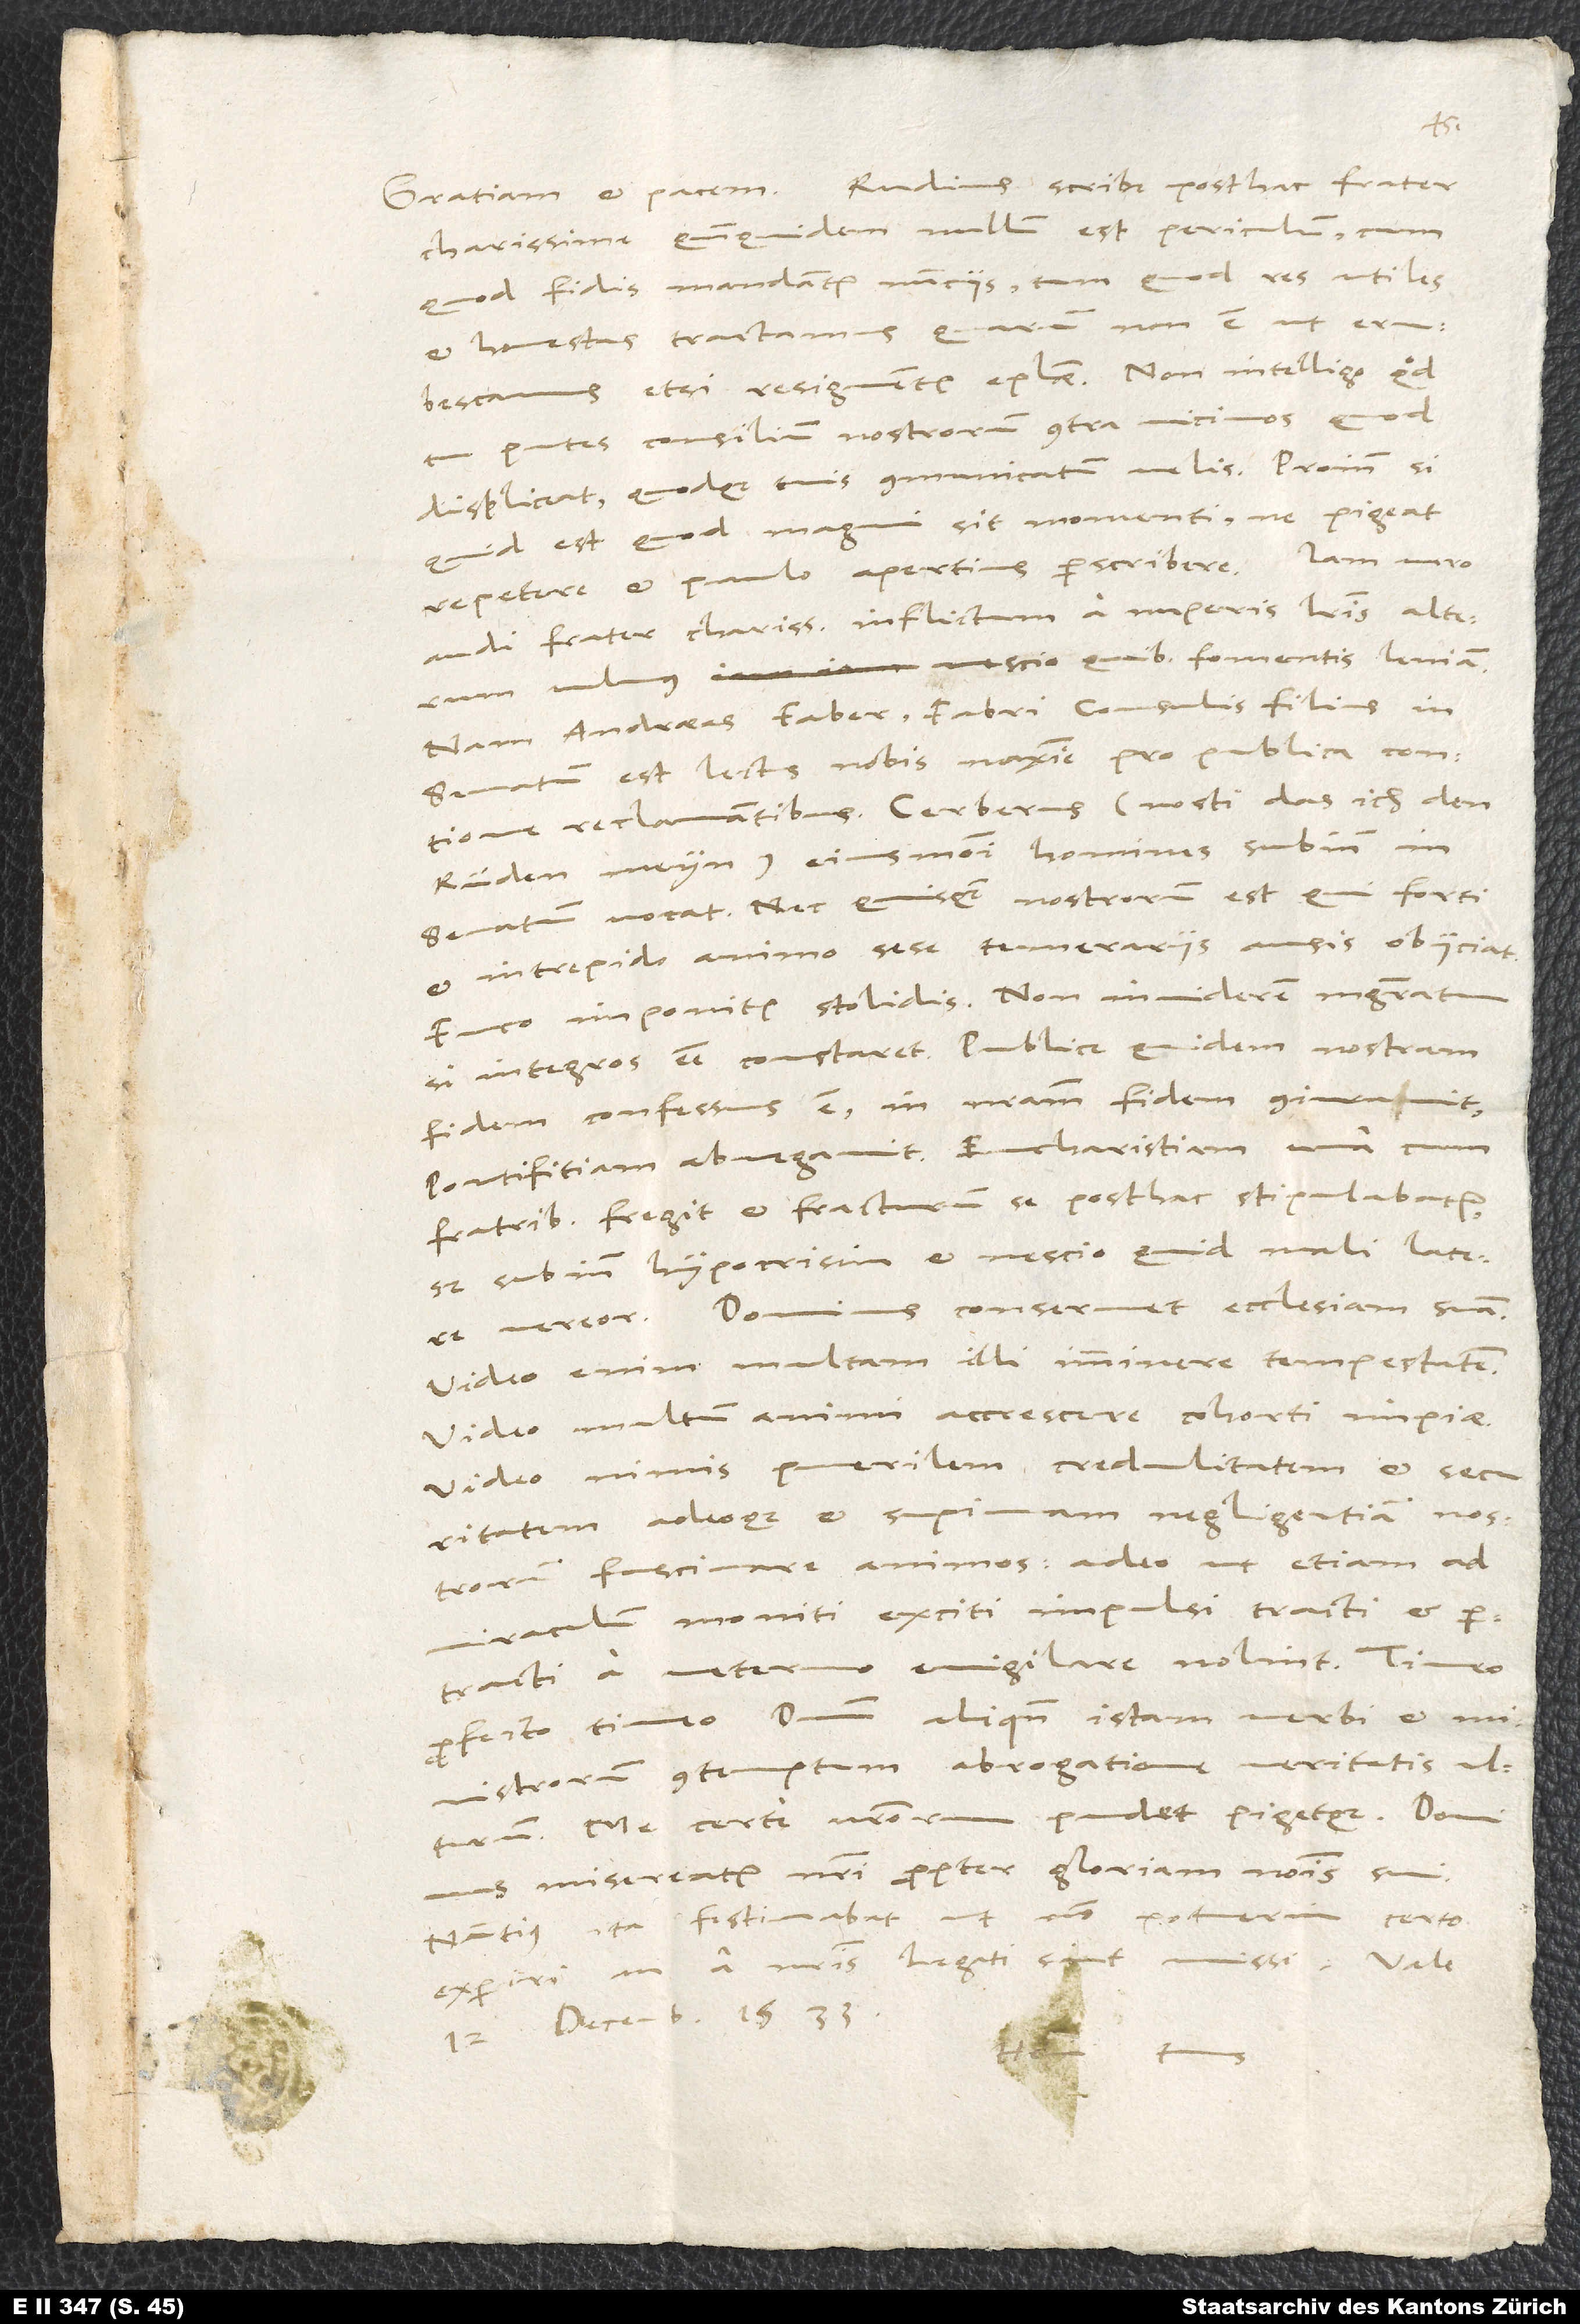
charissime, quandoquidem nullum est periculum, cum
quod fidis mandantur nunciis, tum quod res utiles
et honestas tractamus, quarum non est ut erubescamus,
resignentur epistolae. Non intelligo, quod
putes consilium nostrorum contra vicinos, quod
displiceat quodque tuis communicatum velis. Proinde, si
quid est, quod magni sit momenti, ne pigeat
repetere et paulo apertius perscribere.
audi, frater charissime, inflictum a nuperis literis alterum
Nescio, quibus fomentis leniam.
vulnus.
Nam Andreas Faber, Fabri consulis filius, in
senatum est lectus nobis maxime pro publica contione
reclamantibus. Cerberus - nosti, das ich den
Rüden meyn - eiusmodi homines subinde in
senatum vocat, nec quisquam nostrorum est, qui forti
et intrepido animo sese temerariis ausis obiiciat:
Fuco imponitur stolidis. Non inviderem magistratum,
si integros esse constaret. Publice quidem nostram
fidem confessus est, in nostram fidem coniuravit,
pontifitiam abnegavit, eucharistiam una cum
fratribus fregit et fracturum se posthac stipulabatur,
sed subinde hypocrisim et nescio quid mali latere
vereor. Dominus conservet ecclesiam suam.
Video enim multam illi imminere tempestatem,
video multum animi accrescere cohorti impiae,
video nimis puerilem credulitatem et securitatem
adeoque et supinam negligentiam nostrorum
fascinare animos, adeo ut etiam ad
miraculum moniti, exciti, impulsi, tracti et
pertracti a veterno evigilare nolint. Timeo
profecto, timeo dominum aliquando istam verbi et
ministrorum contemptum abrogatione veritatis ulturum.
Me certe nostrorum pudet pigetque. Dominus
misereatur nostri propter gloriam nominis sui.
Nuntius ita festinabat, ut non potuerim certo
experiri, an a nostris legati sint missi.
12. decembris 1533.